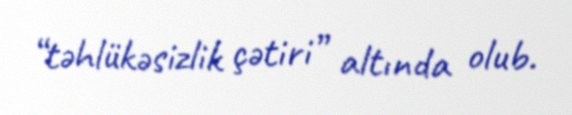
“təhlükəsizlik çətiri” altında olub.